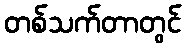
တစ်သက်တာတွင်